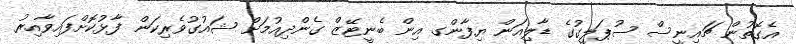
އެގޮތުން ޗައިނީސް ސުޕަލީގުގެ ޑާލިއަން ޔިފާންގ އިން ބެނީޓޭޒް ގެންދިއުމަށް ޝައުގުވެރިކަން ފާޅުކޮށްފައިވާއިރު